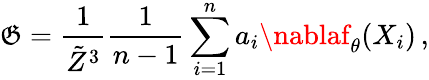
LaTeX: \mathfrak{G}=\frac{{1}}{{\tilde{{Z}}^{3}}}\frac{1}{{n-1}}\sum_{i=1}^{n}a_{i}\nablaf_{\theta}(X_{i})\, ,